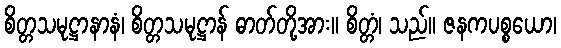
စိတ္တသမုဋ္ဌာနာနံ၊ စိတ္တသမုဋ္ဌာန် ဓာတ်တို့အား။ စိတ္တံ၊ သည်။ ဇနကပစ္စယော၊